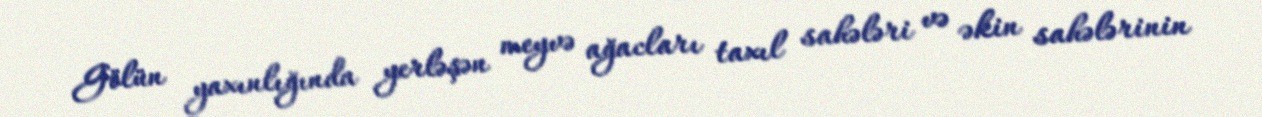
Gölün yaxınlığında yerləşən meyvə ağacları taxıl sahələri və əkin sahələrinin